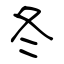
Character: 冬